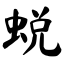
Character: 蜕